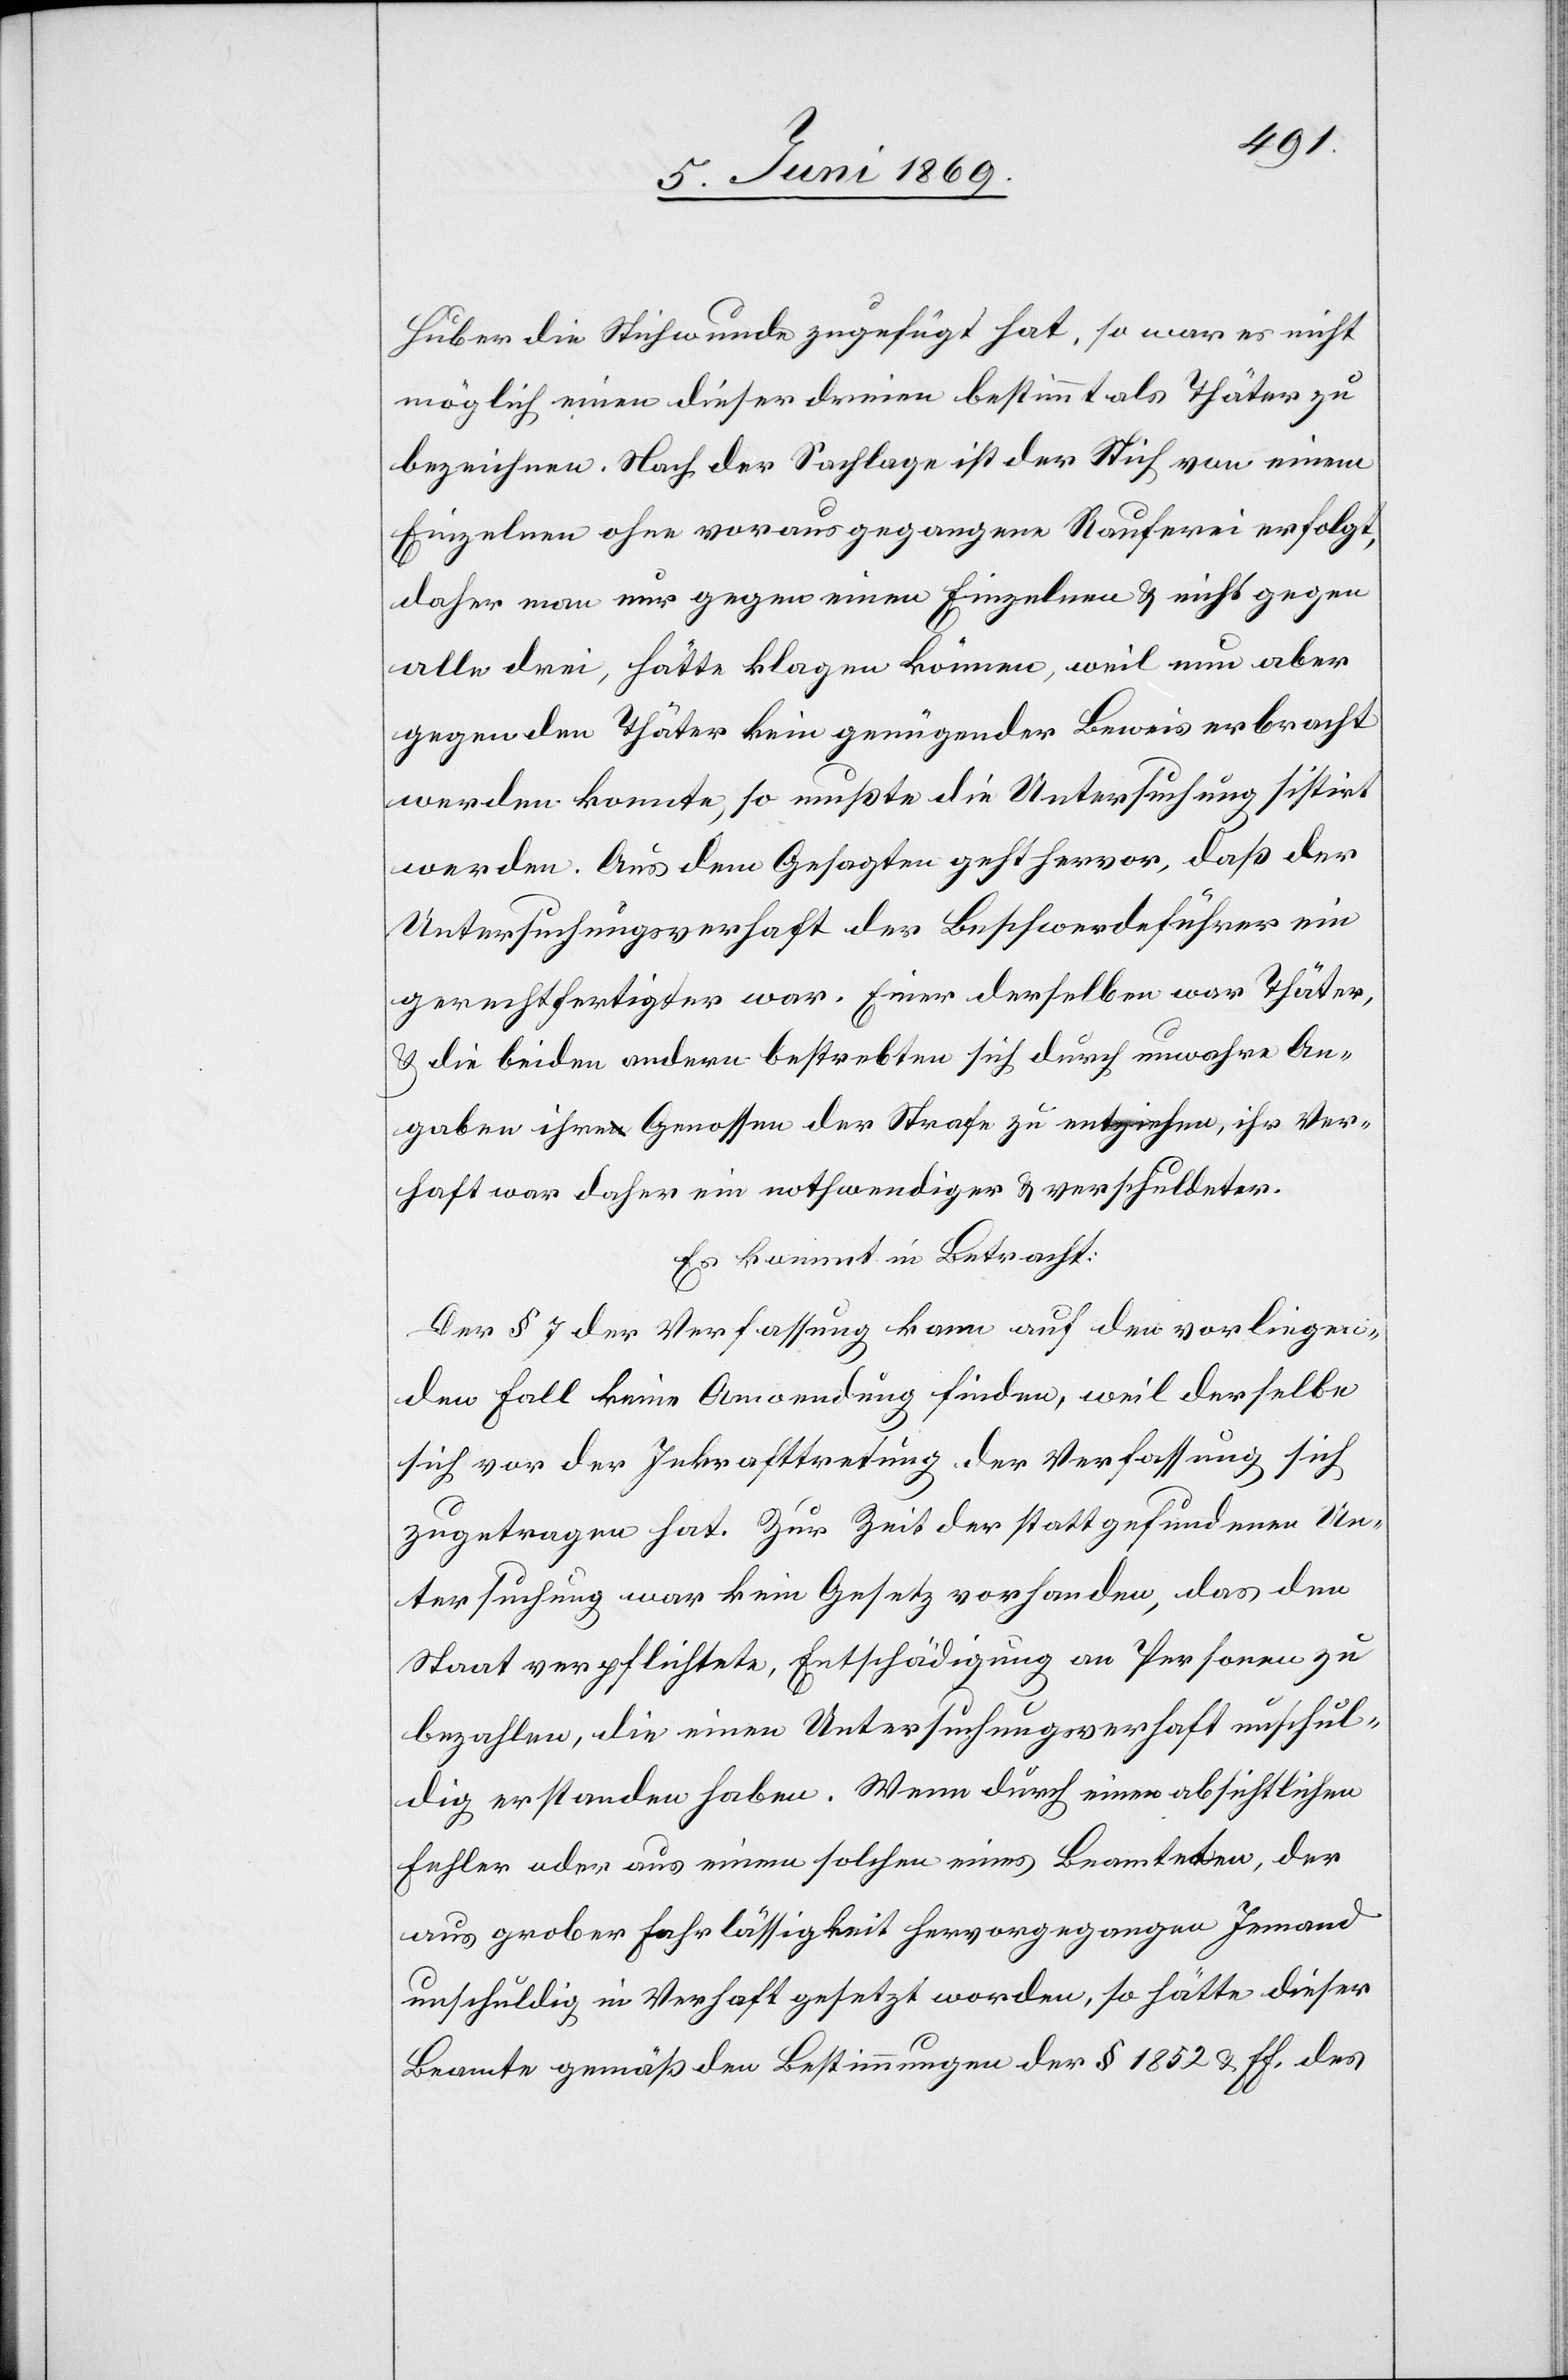
Huber die Stichwunde zugefügt hat, so war es nicht
möglich einen dieser dreien bestimmt als Thäter zu
bezeichnen. Nach der Sachlage ist der Stich von einem
Einzelnen ohne vorausgegangene Rauferei erfolgt,
daher man nur gegen einen Einzelnen u. nicht gegen
alle drei, hätte klagen können, weil nun aber
gegen den Thäter kein genügender Beweis erbracht
werden konnte, so mußte die Untersuchung sistirt
werden. Aus dem Gesagten geht hervor, daß der
Untersuchungsverhaft der Beschwerdeführer ein
gerechtfertigter war. Einer derselben war Thäter,
u. die beiden andern bestrebten sich durch unwahre An¬
gaben ihren Genossen der Strafe zu entziehen, ihr Ver¬
haft war daher ein nothwendiger u. verschuldeter.
Es kommt in Betracht:
Der § 7 der Verfassung kann auf den vorliegen¬
den Fall keine Anwendung finden, weil derselbe
sich vor der Inkrafttretung der Verfassung sich
zugetragen hat. Zur Zeit der stattgefundenen Un¬
tersuchung war kein Gesetz vorhanden, das den
Staat verpflichtete, Entschädigung an Personen zu
bezahlen, die einen Untersuchungsverhaft unschul¬
dig erstanden haben. Wenn durch einen absichtlichen
Fehler oder aus einem solchen eines Beamteten, der
aus grober Fahrlässigkeit hervorgegangen Jemand
unschuldig in Verhaft gesetzt worden, so hätte dieser
Beamte gemäß den Bestimmungen der § 1852 u. ff. des